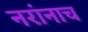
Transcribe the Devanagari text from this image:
नरांनाच